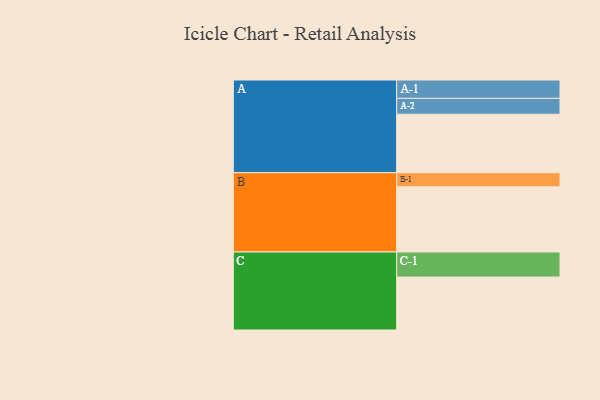
{"axis": {"x": "Segment", "y": "Value"}, "legend": ["", "A", "B", "C"], "data": [{"x": "A", "y": 490, "type": ""}, {"x": "B", "y": 546, "type": ""}, {"x": "C", "y": 444, "type": ""}, {"x": "A-1", "y": 154, "type": "A"}, {"x": "A-2", "y": 133, "type": "A"}, {"x": "B-1", "y": 119, "type": "B"}, {"x": "C-1", "y": 210, "type": "C"}]}